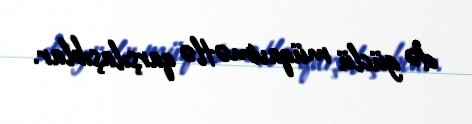
də güclü müqavimətlə qarşılaşıblar.